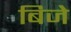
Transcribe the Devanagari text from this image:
बिजे